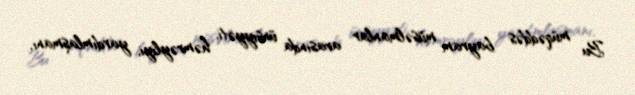
Bu müqəddəs bayram müsəlmanlar arasında ünsiyyəti, həmrəyliyi, yardımlaşmanı,